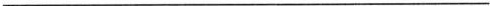
___